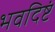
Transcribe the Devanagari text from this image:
भवदिष्टं